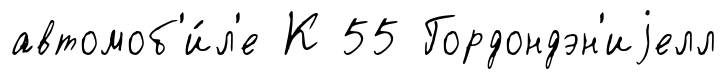
автомоб'и́л'е К 55 Гордондэн'иjелл